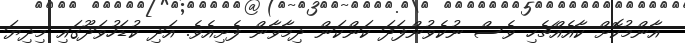
އާންމުކޮށް ކާއެއްޗެހި ވެސް ނުކެވުންފަދަ ކަންކަން ދިމާވާން ފެށިއެވެ. އަދި ކުޑަހުވަދޫގައި މިދިޔަ